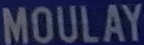
MOULAY